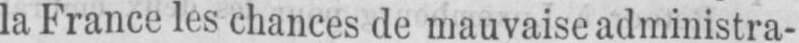
la France les chances de mauvaise administra-